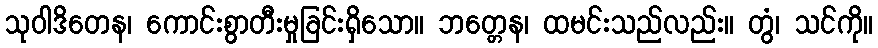
သုဝါဒိတေန၊ ကောင်းစွာတီးမှုခြင်းရှိသော။ ဘတ္တေန၊ ထမင်းသည်လည်း။ တွံ၊ သင်ကို။